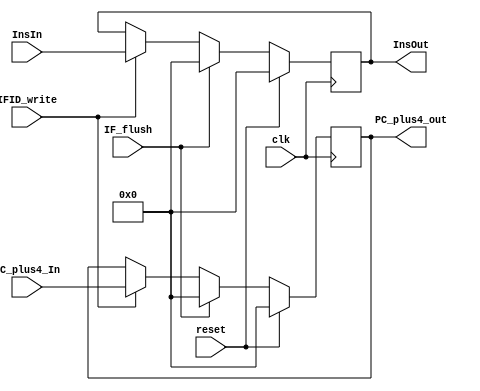
// IF/ID stage register
// 1. Write instruction to register (sync falling edge)
//input IFID_write;
//output InsOut, PC_plus4_out;
// 2. Flush signal
//input IF_flush;
//output InsOut, PC_plus4_out;
// reset: set all register content to 0

module IF_ID(InsIn, PC_plus4_In, InsOut, PC_plus4_out, IFID_write, IF_flush, clk, reset);

output reg [31:0] InsOut, PC_plus4_out;
input [31:0] InsIn, PC_plus4_In;
input clk, reset;
input IFID_write, IF_flush;

always@(negedge clk)
    begin

      if(reset == 1) begin
        InsOut <= 32'b0;
        PC_plus4_out <= 32'b0;
      end

      else begin
        if(IFID_write == 1) begin
        	InsOut <= InsIn;
        	PC_plus4_out <= PC_plus4_In;
        end

        if(IF_flush == 1) begin
        	InsOut <= 32'b0;
        	PC_plus4_out <= 32'b0;
        end
      end
    end

endmodule